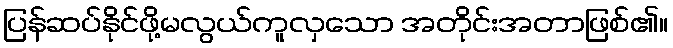
ပြန်ဆပ်နိုင်ဖို့မလွယ်ကူလှသော အတိုင်းအတာဖြစ်၏။